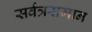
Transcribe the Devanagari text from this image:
सर्वत्रसमान